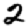
Digit: 2